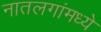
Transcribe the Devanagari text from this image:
नातलगांमध्ये